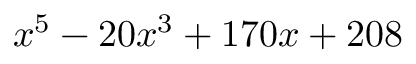
x ^ { 5 } - 2 0 x ^ { 3 } + 1 7 0 x + 2 0 8